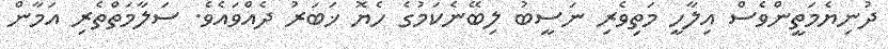
ދުނިޔެމަތީންވެސް އިލާހީ މަތިވެރި ނަސީބު ލިބޭނެކަމުގެ ހެޔޮ ޚަބަރު ދެއްވައެވެ. ސަލާމަތްތެރި އަމާން